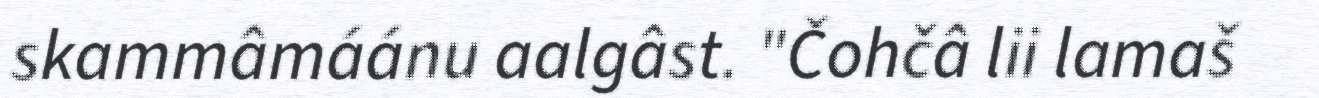
skammâmáánu aalgâst. "Čohčâ lii lamaš